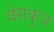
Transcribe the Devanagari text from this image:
वेराक्रुज